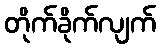
တိုက်ခိုက်လျက်